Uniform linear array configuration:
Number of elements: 48
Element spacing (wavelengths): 1
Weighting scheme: blackman
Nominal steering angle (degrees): -45
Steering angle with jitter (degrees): -46.916
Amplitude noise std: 0.05
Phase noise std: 0.05

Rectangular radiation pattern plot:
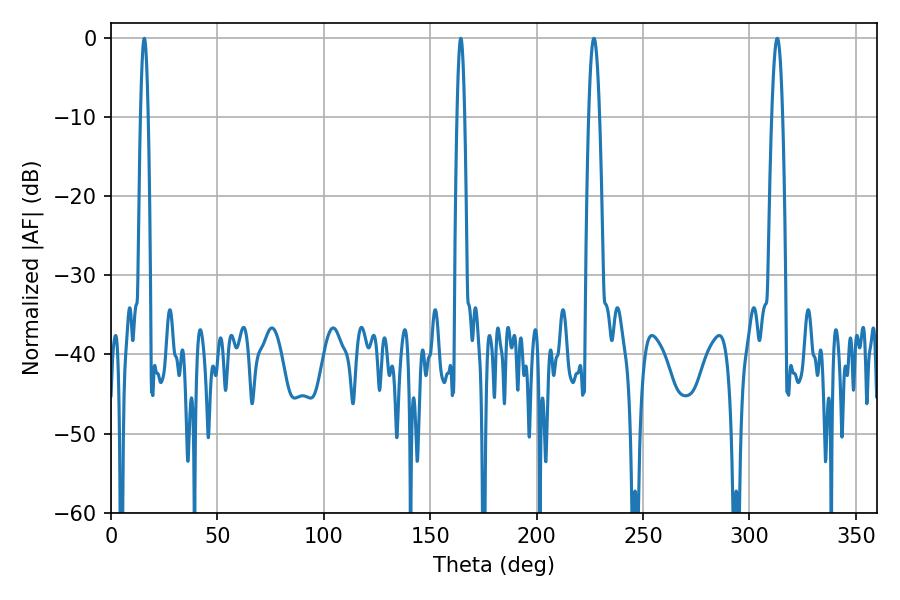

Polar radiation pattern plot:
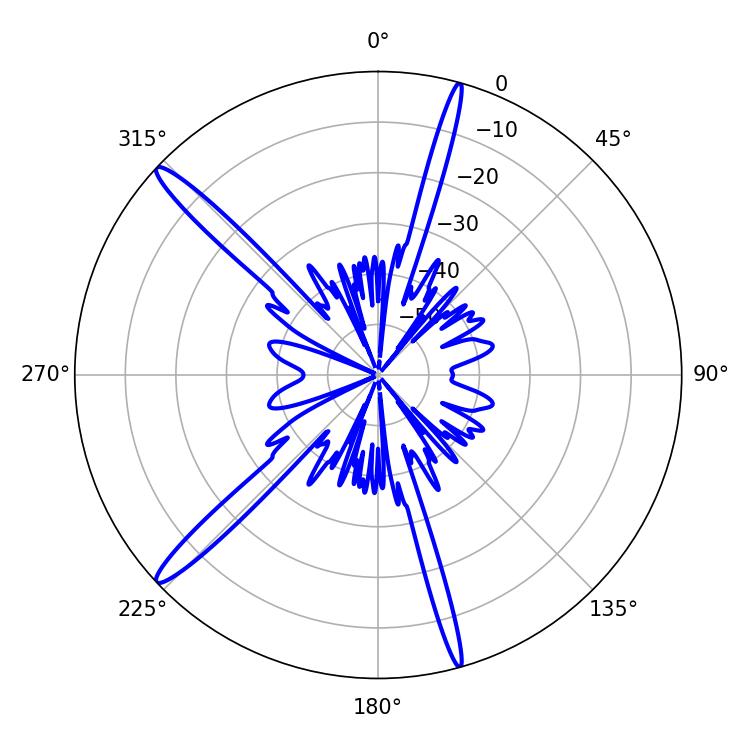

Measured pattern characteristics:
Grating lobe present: TRUE
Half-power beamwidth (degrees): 1.8
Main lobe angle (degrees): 15.66